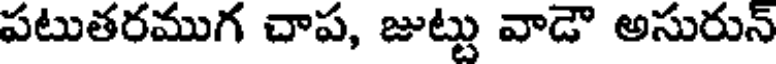
పటుతరముగ చాప, జుట్టు వాడౌ అసురున్